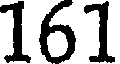
161